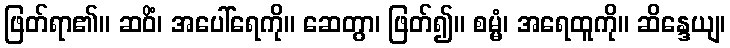
ဖြတ်ရာ၏။ ဆဝိံ၊ အပေါ်ရေကို။ ဆေတွာ၊ ဖြတ်၍။ စမ္မံ၊ အရေထူကို။ ဆိန္ဒေယျ၊